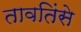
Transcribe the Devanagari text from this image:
तावतिंसे